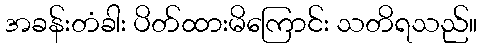
အခန်းတံခါး ပိတ်ထားမိကြောင်း သတိရသည်။